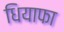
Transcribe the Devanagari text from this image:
धियाफा